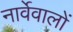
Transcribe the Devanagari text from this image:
नार्वेवालों